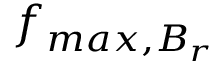
f _ { m a x , B _ { r } }